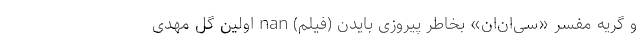
و گریه مفسر «سی‌ان‌ان» بخاطر پیروزی بایدن (فیلم) nan اولین گل مهدی